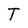
Character: T